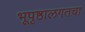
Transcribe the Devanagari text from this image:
भूपृष्ठालगतचा